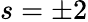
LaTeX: s=\pm 2